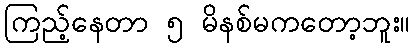
ကြည့်နေတာ ၅ မိနစ်မကတော့ဘူး။